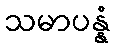
သမာပန္နံ